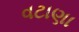
વટાણા